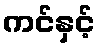
ကင်နှင့်